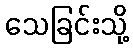
သေခြင်းသို့